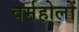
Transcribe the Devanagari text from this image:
वर्महोलों